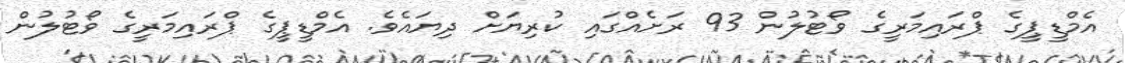
އެމްޑީޕީގެ ޕްރައިމަރީގެ ވޯޓުލުން 93 ރަށެއްގައި ކުރިޔަށް ދިޔައެވެ. އެމްޑީޕީގެ ޕްރައިމަރީގެ ވޯޓުލުން